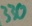
Text: 330